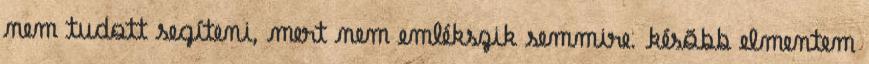
nem tudott segíteni, mert nem emlékszik semmire. késõbb elmentem